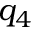
q _ { 4 }